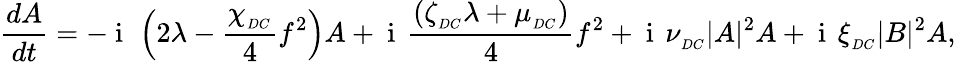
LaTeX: \frac{dA}{dt}=-\mathrm{~i~}\, \left(2\lambda-\frac{\chi_{_{DC}}}{4}f^{2}\right)A+\mathrm{~i~}\, \frac{\left(\zeta_{_{DC}}\lambda+\mu_{_{DC}}\right)}{4}f^{2}+\mathrm{~i~}\, \nu_{_{DC}}|A|^{2}A+\mathrm{~i~}\, \xi_{_{DC}}|B|^{2}A,